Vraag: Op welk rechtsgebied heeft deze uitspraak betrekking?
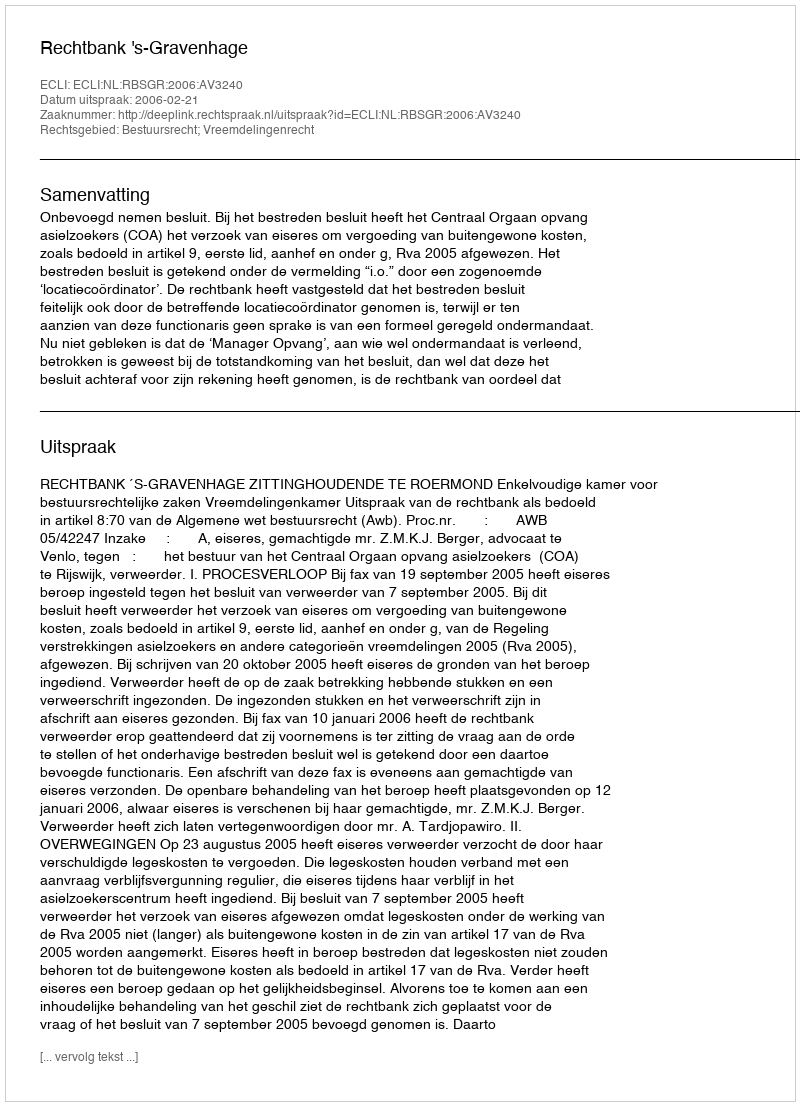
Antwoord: Bestuursrecht; Vreemdelingenrecht